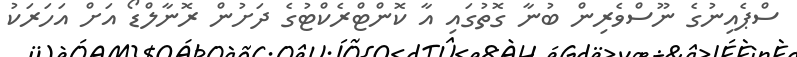
ސްޕެއިނުގެ ނޫސްވެރިން ބުނާ ގޮތުގައި އާ ކޮންޓްރެކްޓުގެ ދަށުން ރޮނާލްޑޯ އަށް އަހަރަކު